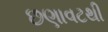
છણાવટથી